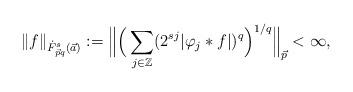
LaTeX: \begin{align*}\|f\|_{\dot{F}^s_{\vec{p}q}(\vec{a})}:=\Big \| \Big( \sum _{j\in\mathbb{Z}} (2^{sj}|\varphi_{j}\ast f|)^q \Big) ^{1/q}\Big \|_{\vec{p}}<\infty,\end{align*}